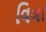
વિઞા